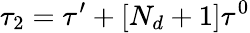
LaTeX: \tau_{2}=\tau^{\prime}+[N_{d}+1]\tau^{0}